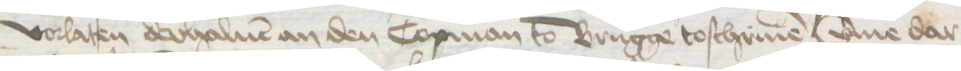
vorlaten derhaluen an den Copman to Brugge toschriuen umme dar